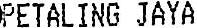
PETALING JAYA